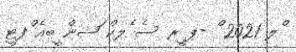
ްލ 2021 ް -ޕ ީރ ސެ ެލކް ަޝން ީބއެ ްފޓީ